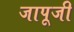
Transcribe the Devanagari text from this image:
जापूजी